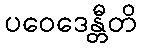
ပဝေဒေန္တီတိ